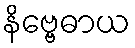
နိဗ္ဗေဓာယ